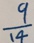
\frac { 9 } { 1 4 }